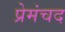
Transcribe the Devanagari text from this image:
प्रेमंचद